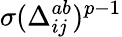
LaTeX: \sigma(\Delta_{ij}^{ab})^{p-1}